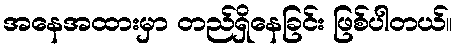
အနေအထားမှာ တည်ရှိနေခြင်း ဖြစ်ပါတယ်။